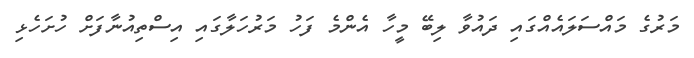
މަރުގެ މައްސަލައެއްގައި ދައުވާ ލިބޭ މީހާ އެންމެ ފަހު މަރުހަލާގައި އިސްތިއުނާފަށް ހުށަހެޅި